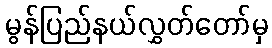
မွန်ပြည်နယ်လွှတ်တော်မှ